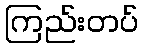
ကြည်းတပ်